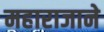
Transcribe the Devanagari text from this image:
महाराजाने